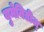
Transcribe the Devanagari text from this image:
युमेनिडीज्‌